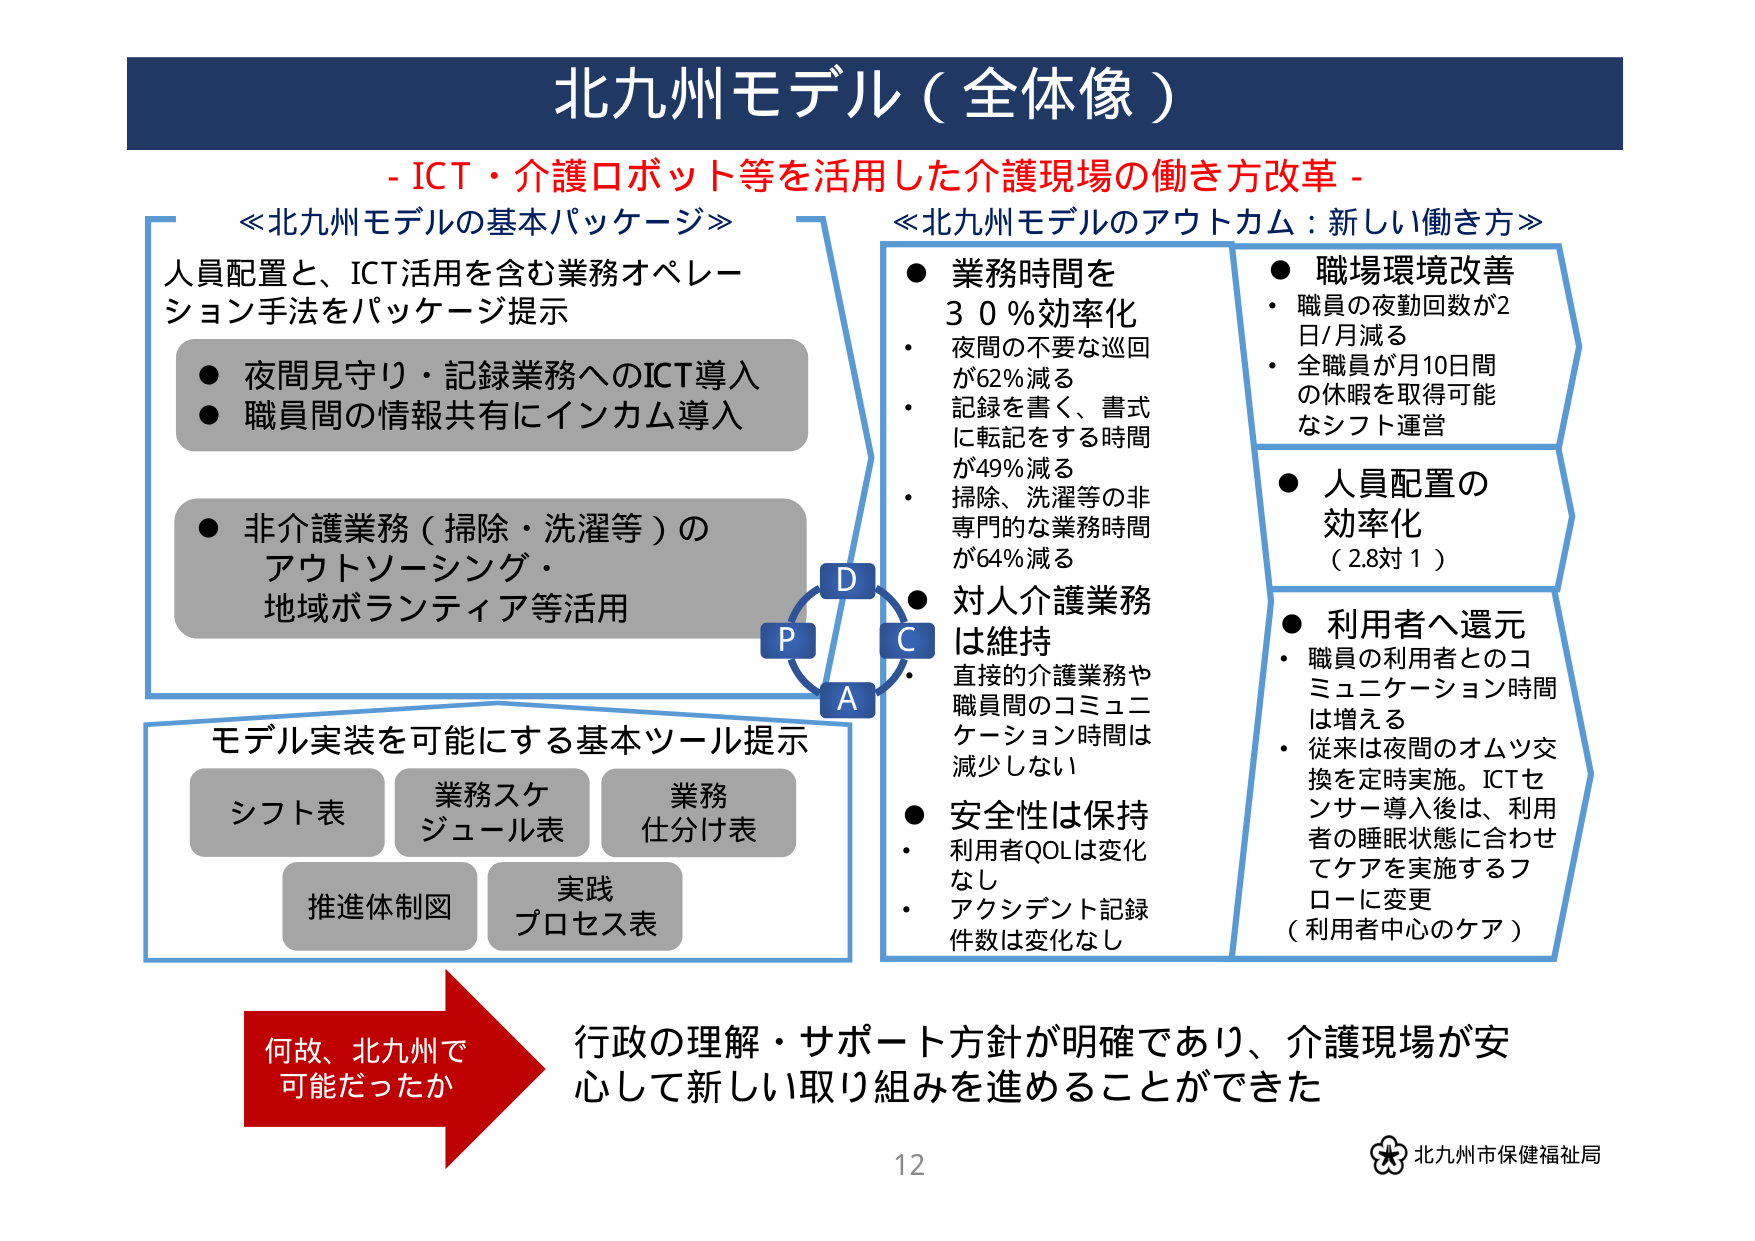
北九州モデル（全体像）

- ICT・介護ロボット等を活用した介護現場の働き方改革 -

≪北九州モデルの基本パッケージ≫
人員配置と、ICT活用を含む業務オペレーション手法をパッケージ提示
● 夜間見守り・記録業務へのICT導入
● 職員間の情報共有にインカム導入

● 非介護業務（掃除・洗濯等）の
アウトソーシング・
地域ボランティア等活用

モデル実装を可能にする基本ツール提示
シフト表 業務スケジュール表 業務仕分け表
推進体制図 実践プロセス表

≪北九州モデルのアウトカム：新しい働き方≫
● 業務時間を30％効率化
・ 夜間の不要な巡回が62％減る
・ 記録を書く、書式に転記をする時間が49％減る
・ 掃除、洗濯等の非専門的な業務時間が64％減る
● 対人介護業務は維持
・ 直接的介護業務や職員間のコミュニケーション時間は減少しない
● 安全性は保持
・ 利用者QOLは変化なし
・ アクシデント記録件数は変化なし

● 職場環境改善
・ 職員の夜勤回数が2日/月減る
・ 全職員が月10日間の休暇を取得可能なシフト運営

● 人員配置の効率化
（2.8対1）

● 利用者へ還元
・ 職員の利用者とのコミュニケーション時間は増える
・ 従来は夜間のオムツ交換を定時実施。ICTセンサー導入後は、利用者の睡眠状態に合わせてケアを実施するフローに変更（利用者中心のケア）

何故、北九州で可能だったか
行政の理解・サポート方針が明確であり、介護現場が安心して新しい取り組みを進めることができた

12
北九州市保健福祉局